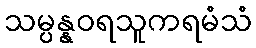
သမ္ပန္နဝရသူကရမံသံ